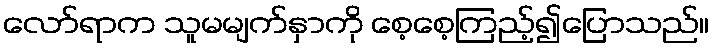
လော်ရာက သူမမျက်နှာကို စေ့စေ့ကြည့်၍ပြောသည်။